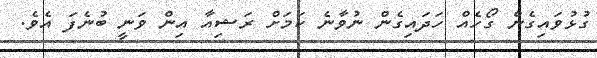
ގުޅުވައިގެން ގޯހެއް ހަދައިގެން ނުވާނެ ކަމަށް ރަޝިއާ އިން ވަނީ ބުނެފަ އެވެ.